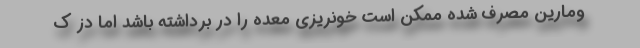
ومارین مصرف شده ممکن است خونریزی معده را در برداشته باشد اما دز ک